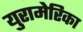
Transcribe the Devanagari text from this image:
युरामेरिका